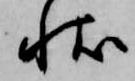
状